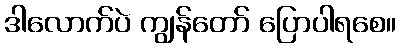
ဒါလောက်ပဲ ကျွန်တော် ပြောပါရစေ။